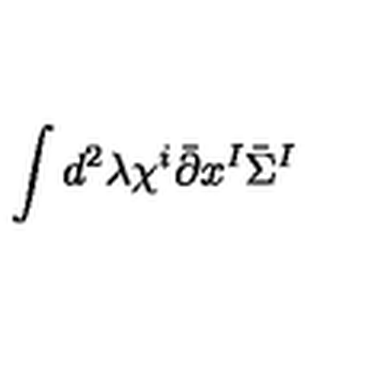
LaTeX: \int d ^ { 2 } \lambda \chi ^ { i } \bar { \partial } x ^ { I } \bar { \Sigma } ^ { I }